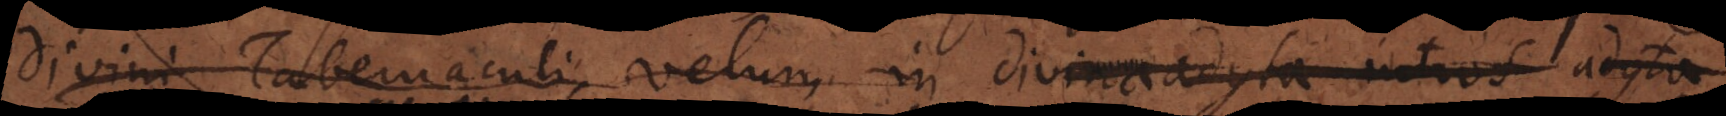
Divini Tabernaculi velum in divina adyta